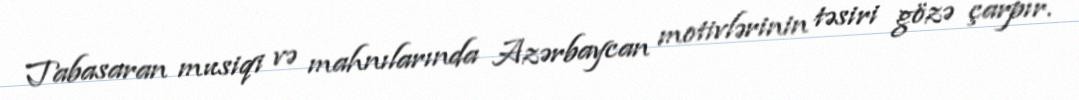
Tabasaran musiqi və mahnılarında Azərbaycan motivlərinin təsiri gözə çarpır.